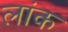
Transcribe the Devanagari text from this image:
लांक